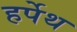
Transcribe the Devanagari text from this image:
हर्पेथ